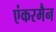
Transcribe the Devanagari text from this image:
एंकरमैन